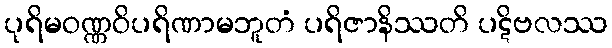
ပုရိမဝဏ္ဏဝိပရိဏာမဘူတံ ပရိဇာနိဿတိ ပဋိဗလဿ